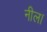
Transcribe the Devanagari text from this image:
नील।